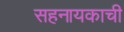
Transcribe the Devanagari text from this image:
सहनायकाची